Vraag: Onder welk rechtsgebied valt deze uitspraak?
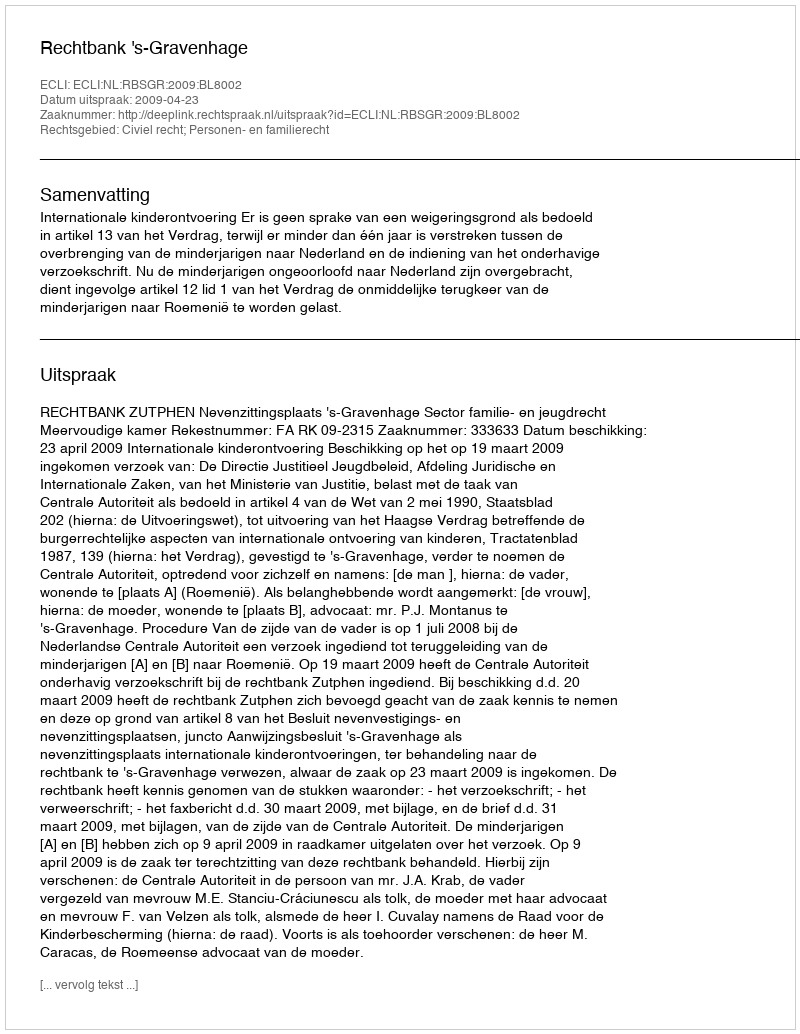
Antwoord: Civiel recht; Personen- en familierecht